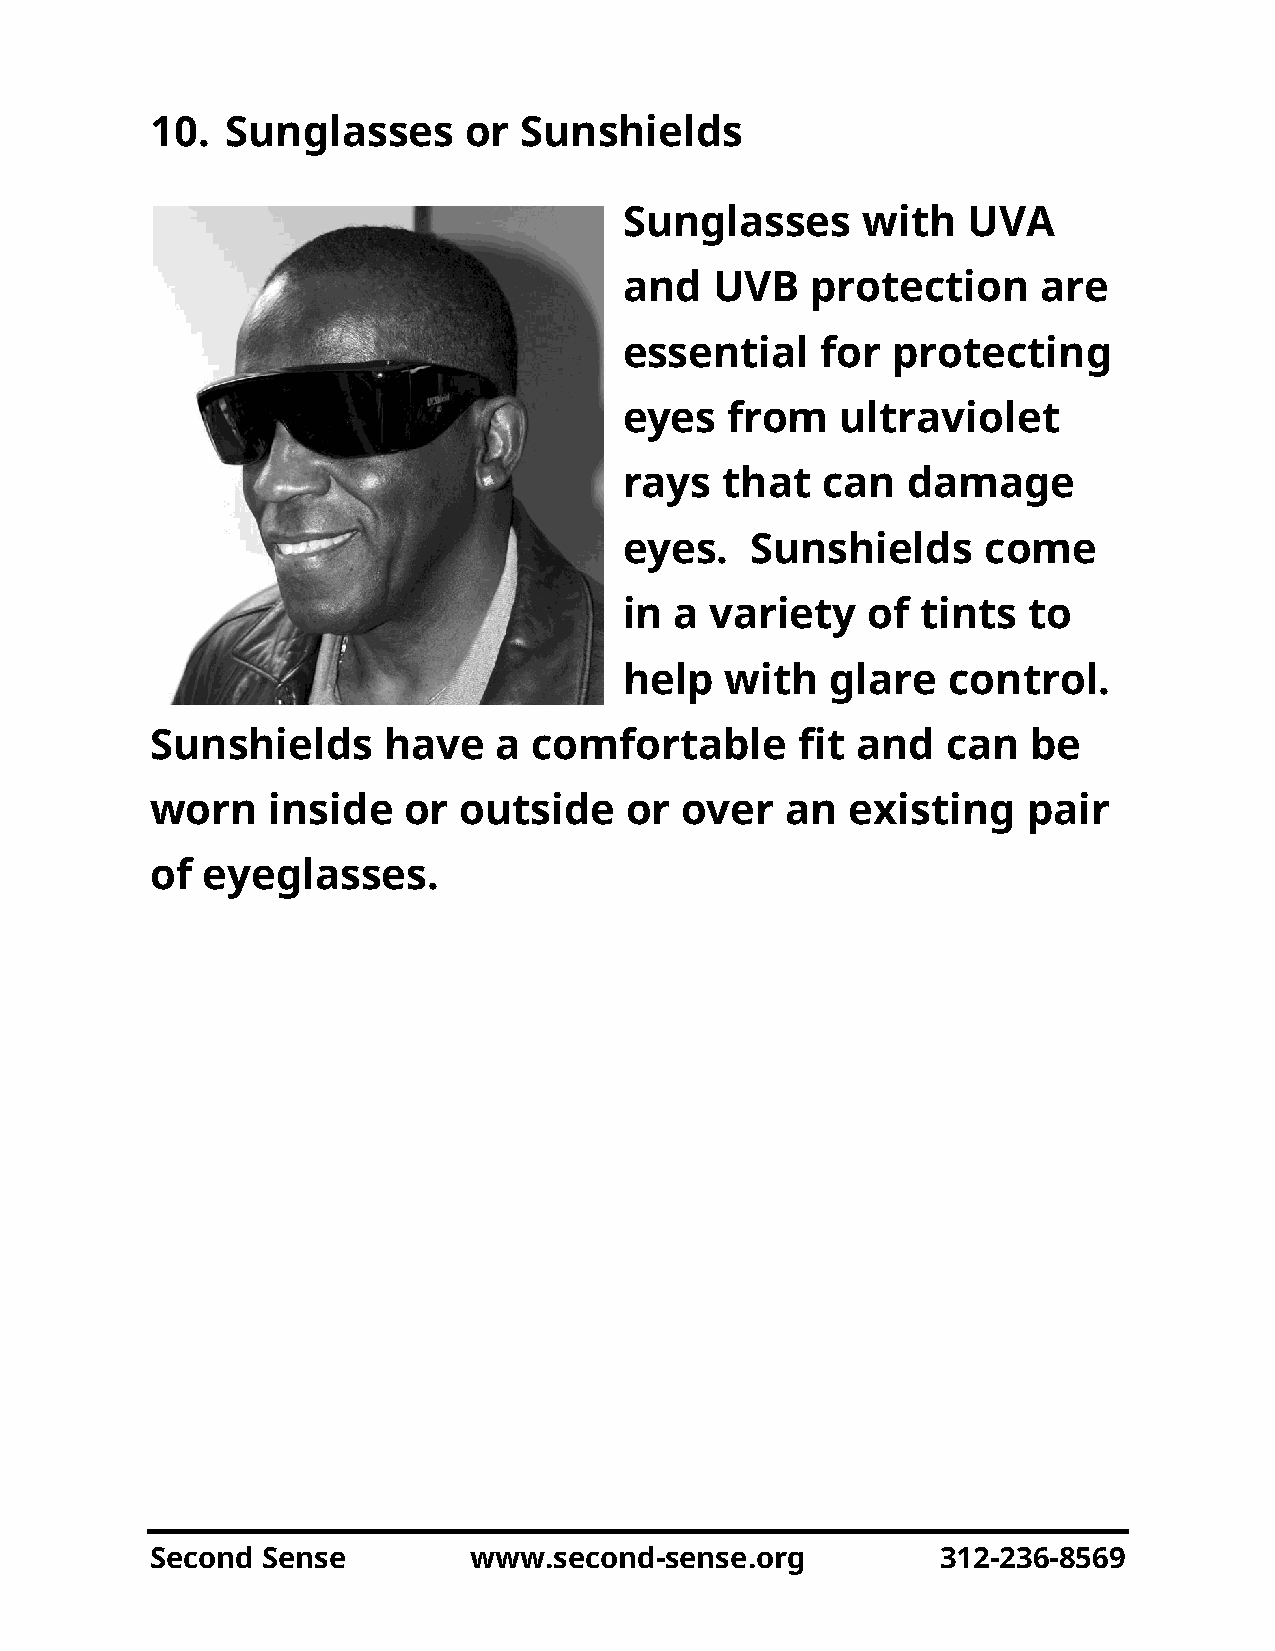
10.  Sunglasses      or Sunshields
 Sunglasses      with   UVA
 and   UVB    protection     are
 essential    for  protecting
 eyes   from    ultraviolet
 rays   that  can   damage
 eyes.    Sunshields     come
 in  a variety   of  tints  to
 help   with   glare   control.
 Sunshields     have    a comfortable       fit and   can  be
 worn    inside   or outside    or  over   an  existing    pair
 of eyeglasses.
 Second Sense         www.second-sense.org           312-236-8569